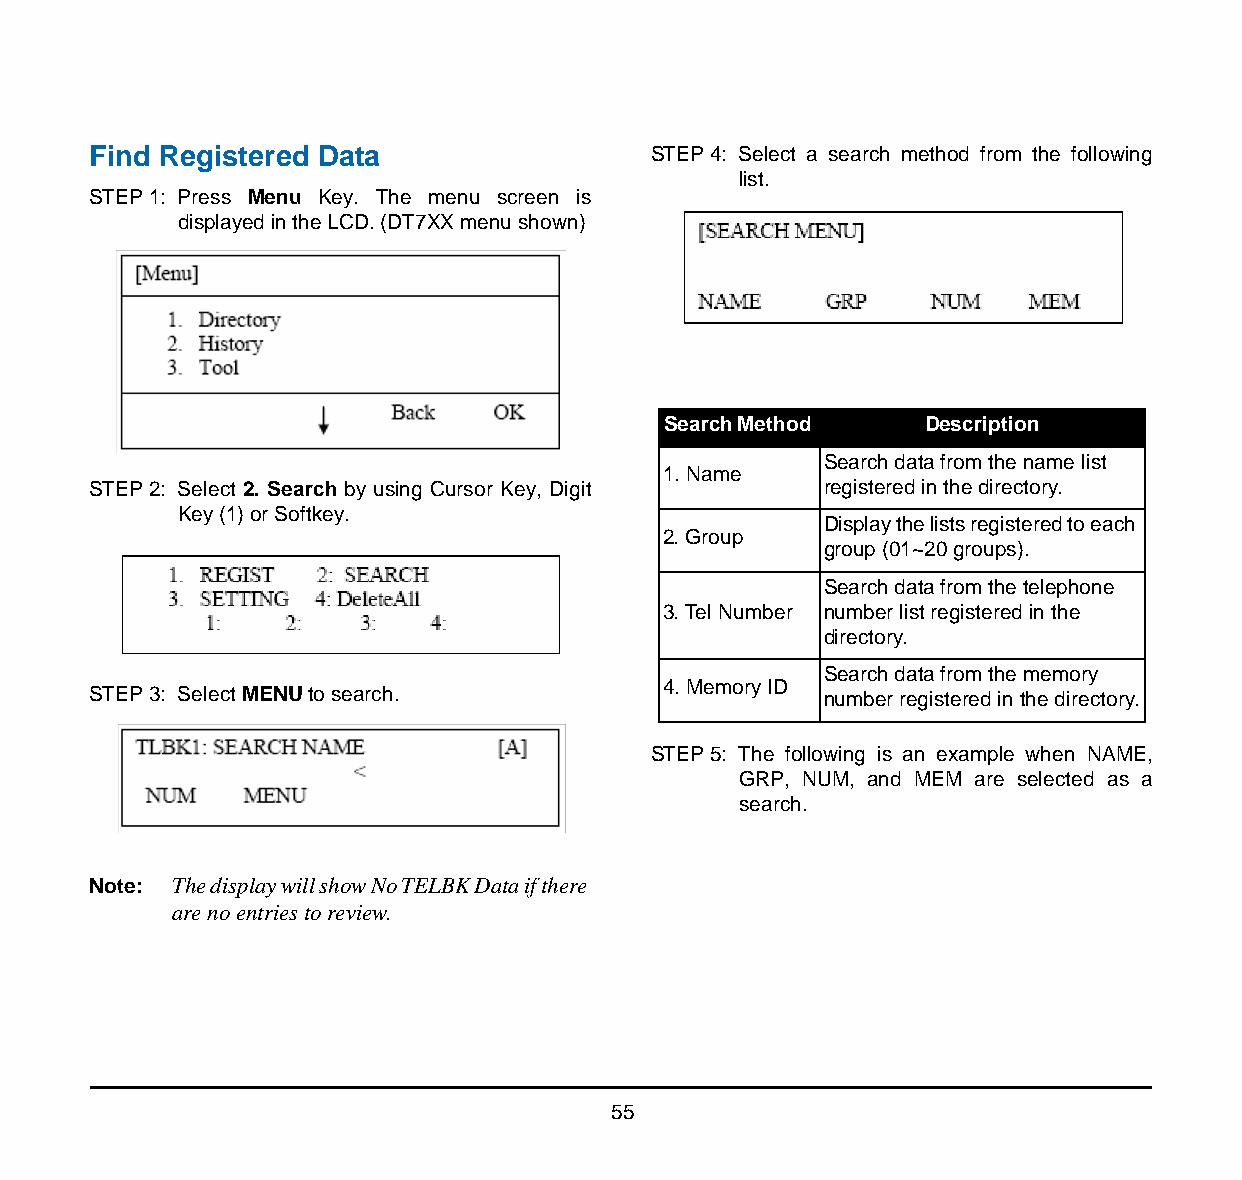
Find Registered Data                  STEP 4: Select a search method from the following
 list.
 STEP 1: Press Menu Key. The menu screen is
 displayed in the LCD. (DT7XX menu shown)
 Search Method     Description
 Search data from the name list
 1. Name
 STEP 2: Select 2. Search by using Cursor Key, Digit registered in the directory.
 Key (1) or Softkey.
 Display the lists registered to each
 2. Group
 group (01~20 groups).
 Search data from the telephone
 3. Tel Number number list registered in the
 directory.
 Search data from the memory
 4. Memory ID
 STEP 3: Select MENU to search.                   number registered in the directory.
 STEP 5: The following is an example when NAME,
 GRP, NUM, and MEM are selected as a
 search.
 Note: The display will show No TELBK Data if there
 are no entries to review.
 55